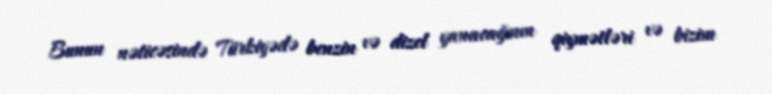
Bunun nəticəsində Türkiyədə benzin və dizel yanacağının qiymətləri və bizim